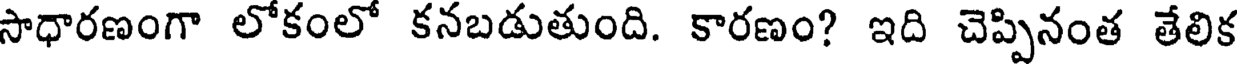
సాధారణంగా లోకంలో కనబడుతుంది. కారణం? ఇది చెప్పినంత తేలిక